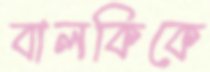
বালকিকে